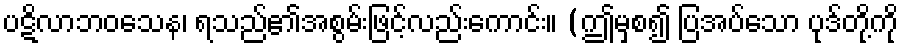
ပဋိလာဘဝသေန၊ ရသည်၏အစွမ်းဖြင့်လည်းကောင်း။ (ဤမှစ၍ ပြအပ်သော ပုဒ်တို့ကို